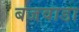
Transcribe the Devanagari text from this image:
बजवाडा